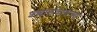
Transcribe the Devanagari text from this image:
शब्दालंकारांच्या